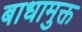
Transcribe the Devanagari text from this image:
बाधामुक्त